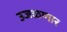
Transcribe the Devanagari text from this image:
उजळणार